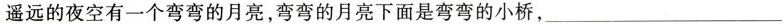
遥远的夜空有一个弯弯的月亮，弯弯的月亮下面是弯弯的小桥，___